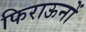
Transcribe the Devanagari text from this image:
फिराऊनों